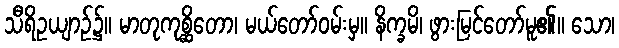
သီရိဥယျာဉ်၌။ မာတုကုစ္ဆိတော၊ မယ်တော်ဝမ်းမှ။ နိက္ခမိ၊ ဖွားမြင်တော်မူ၏။ သော၊